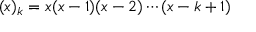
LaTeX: ( x ) _ { k } = x ( x - 1 ) ( x - 2 ) \cdots ( x - k + 1 )